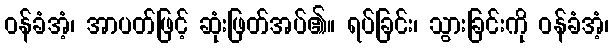
ဝန်ခံအံ့၊ အာပတ်ဖြင့် ဆုံးဖြတ်အပ်၏။ ရပ်ခြင်း၊ သွားခြင်းကို ဝန်ခံအံ့၊